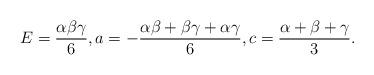
LaTeX: \begin{align*}E=\frac{\alpha\beta\gamma}{6}, a=-\frac{\alpha\beta+\beta\gamma+\alpha\gamma}{6},c=\frac{\alpha+\beta+\gamma}{3}.\end{align*}